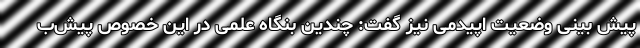
پیش بینی وضعیت اپیدمی نیز گفت: چندین بنگاه علمی در این خصوص پیش‌ب